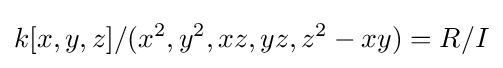
k[x,y,z]/(x^{2},y^{2},xz,yz,z^{2}-xy)=R/I